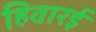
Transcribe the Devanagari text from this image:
हिवारई